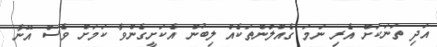
އަދި ތަނަކަށް އެރި ނަމަ ގެއްލުންތަކެއް ލިބުން އެކަށީގެންވާ ކަމަށް ވެސް އޭނާ